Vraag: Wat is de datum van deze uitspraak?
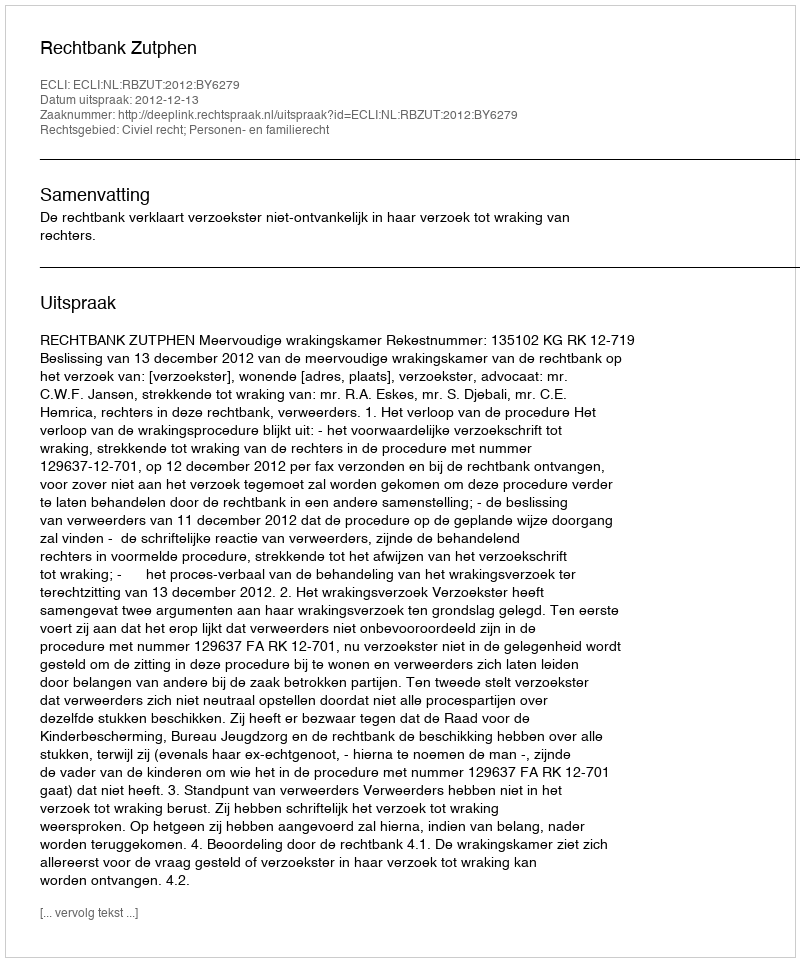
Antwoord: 2012-12-13